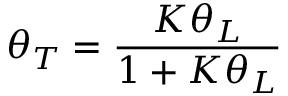
\theta _ { T } = \frac { K \theta _ { L } } { 1 + K \theta _ { L } }